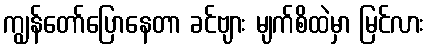
ကျွန်တော်ပြောနေတာ ခင်ဗျား မျက်စိထဲမှာ မြင်လား